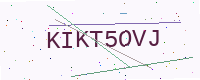
Text: KIKT5OVJ